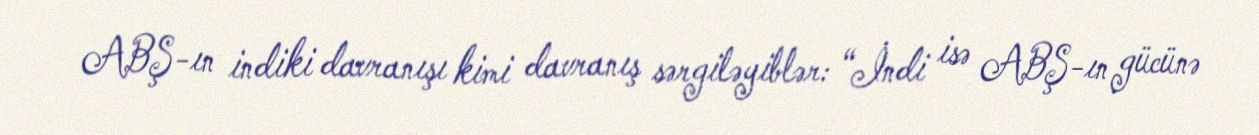
ABŞ-ın indiki davranışı kimi davranış sərgiləyiblər: “İndi isə ABŞ-ın gücünə